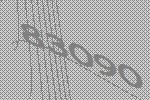
83090